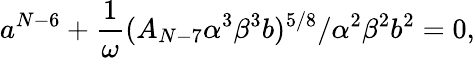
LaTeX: a^{N-6}+\frac{1}{\omega}(A_{N-7}\alpha^{3}\beta^{3}b)^{5/8}/\alpha^{2}\beta^{2}b^{2}=0,